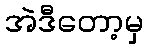
အဲဒီတော့မှ